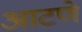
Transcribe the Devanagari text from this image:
आटणे